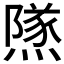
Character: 𨼾